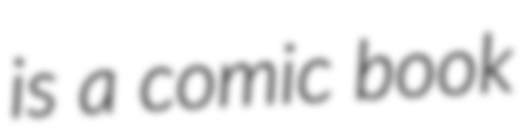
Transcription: is a comic book